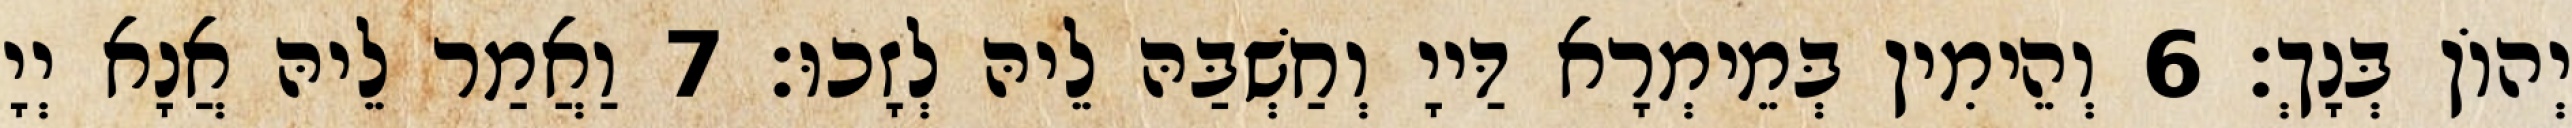
יְהוֹן בְּנָךְ׃ 6 וְהֵימִין בְּמֵימְרָא דַּייָ וְחַשְׁבַּהּ לֵיהּ לְזָכוּ׃ 7 וַאֲמַר לֵיהּ אֲנָא יְיָ